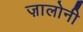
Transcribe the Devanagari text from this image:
ज़ालोनी